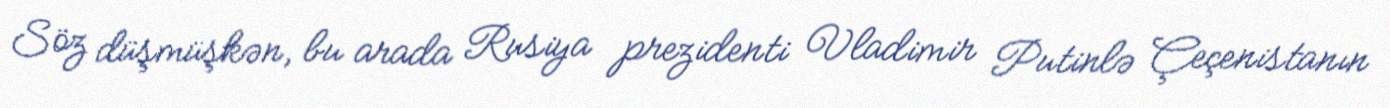
Söz düşmüşkən, bu arada Rusiya prezidenti Vladimir Putinlə Çeçenistanın